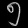
Digit: ၅